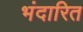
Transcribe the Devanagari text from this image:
भंदारित